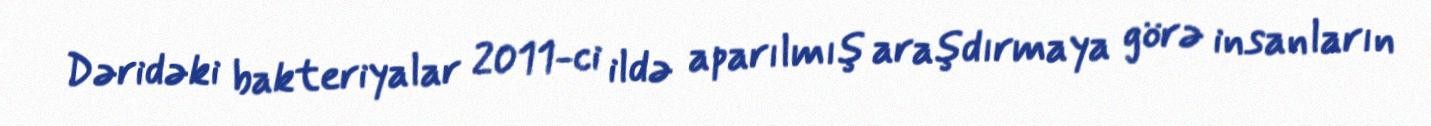
Dəridəki bakteriyalar 2011-ci ildə aparılmış araşdırmaya görə insanların